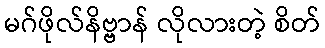
မဂ်ဖိုလ်နိဗ္ဗာန် လိုလားတဲ့ စိတ်